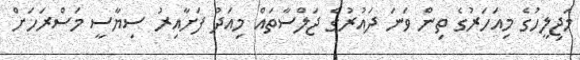
މަޖިލީހުގެ މިއަހަރުގެ ތިން ވަނަ ދައުރުގެ ޖަލްސާތައް މިއަދު ފަށާއިރު ސިޔާސީ މަސްރަހަށް